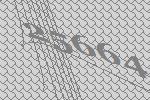
25664